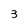
Character: 3